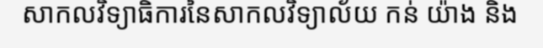
សាកលវិទ្យាធិការនៃសាកលវិទ្យាល័យ កន់ យ៉ាង និង